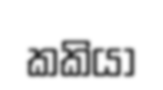
කකියා